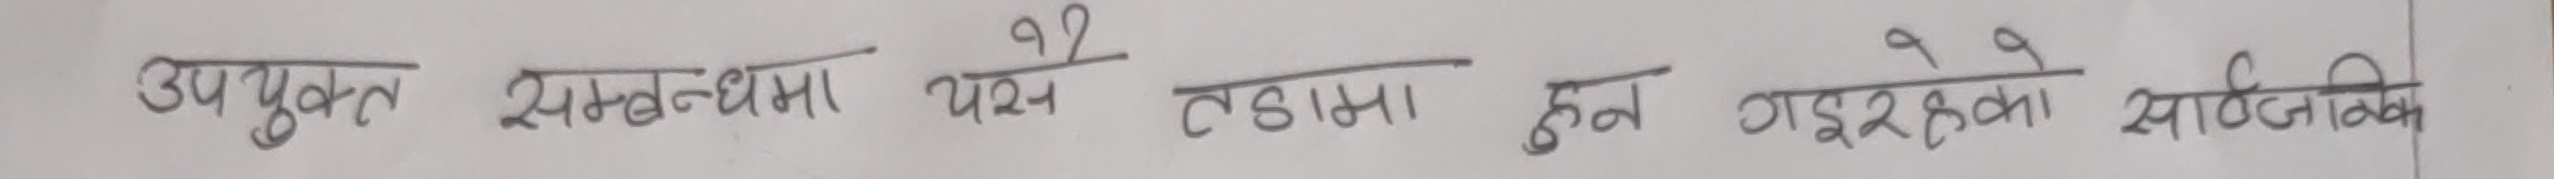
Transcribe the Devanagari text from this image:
उपयुक्त सम्बन्धमा यस टोमा हुन गइरहेका सार्वजनिक